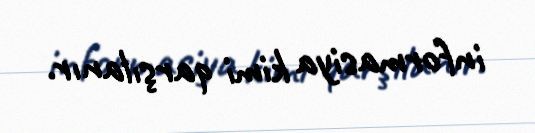
informasiya kimi qarşılanır.